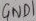
Text: GND1